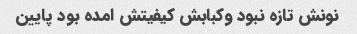
نونش تازه نبود وکبابش کیفیتش امده بود پایین